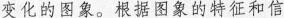
变化的图象。根据图象的特征和信